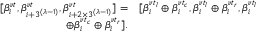
\begin{array} { r l } { \relax [ \beta _ { i } ^ { \nu t } , \beta _ { i + 3 ^ { ( \lambda \mathrm { - } 1 ) } } ^ { \nu t } , \beta _ { i + 2 \times 3 ^ { ( \lambda \mathrm { - } 1 ) } } ^ { \nu t } ] = } & { [ \beta _ { i } ^ { \nu t _ { l } } \oplus \beta _ { i } ^ { \nu t _ { c } } , \beta _ { i } ^ { \nu t _ { l } } \oplus \beta _ { i } ^ { \nu t _ { r } } , \beta _ { i } ^ { \nu t _ { l } } } \\ { \oplus \beta _ { i } ^ { \nu t _ { c } } \oplus \beta _ { i } ^ { \nu t _ { r } } ] . } \end{array}